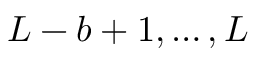
L - b + 1 , \dotsc , L